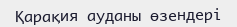
Қарақия ауданы өзендері